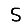
Digit: 5